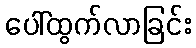
ပေါ်ထွက်လာခြင်း